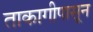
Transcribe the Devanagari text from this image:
ताकागीपासून